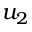
u _ { 2 }